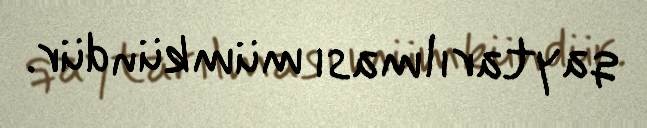
qaytarılması mümkündür.